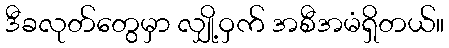
ဒီခလုတ်တွေမှာ လျှို့ဝှက် အစီအမံရှိတယ်။